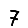
Digit: 7